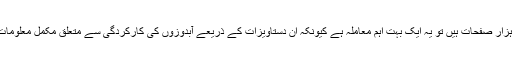
اس ذریعے کا مزید کہنا تھا کہ اگر یہ بائیس ہزار صفحات ہیں تو یہ ایک بہت اہم معاملہ ہے کیونکہ ان دستاویزات کے ذریعے آبدوزوں کی کارکردگی سے متعلق مکمل معلومات حاصل کی جاسکتی ہیں اور یہ تباہ کن ہو گا۔